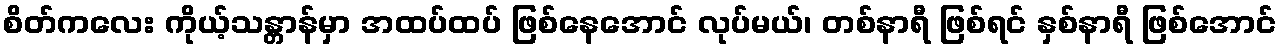
စိတ်ကလေး ကိုယ့်သန္တာန်မှာ အထပ်ထပ် ဖြစ်နေအောင် လုပ်မယ်၊ တစ်နာရီ ဖြစ်ရင် နှစ်နာရီ ဖြစ်အောင်